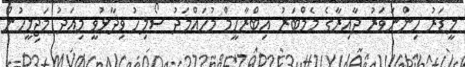
ލީޑަރު ހިންނަވަރު ދާއިރާގެ މެމްބަރު އިބްރާހީމް މުހައްމަދު ސޯލިހު ވިދާޅުވީ މިއަދު މަޖިލީހުން